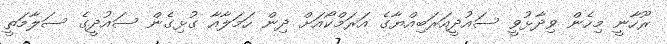
ރޫހާނީ މިހެން ވިދާޅުވީ ސައުދީއަރަބިއްޔާގެ އަރަމްކޯއަށް ދިން ހަމަލާއާ ގުޅިގެން ސައުދީގެ ސަލާމަތީ